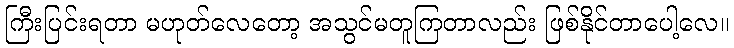
ကြီးပြင်းရတာ မဟုတ်လေတော့ အသွင်မတူကြတာလည်း ဖြစ်နိုင်တာပေါ့လေ။